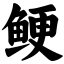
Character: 鲠